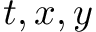
t , x , y